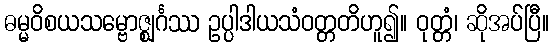
ဓမ္မဝိစယသမ္ဗောဇ္ဈင်္ဂဿ ဥပ္ပါဒါယသံဝတ္တတိဟူ၍။ ဝုတ္တံ၊ ဆိုအပ်ပြီ။